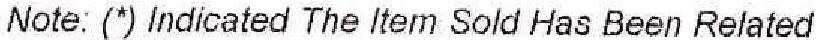
NOTE:(*) INDICATED THE ITEM SOLD HAS BEEN RELATED